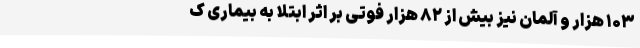
۱۰۳ هزار و آلمان نیز بیش از ۸۲ هزار فوتی بر اثر ابتلا به بیماری ک